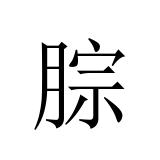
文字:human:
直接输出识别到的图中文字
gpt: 腙